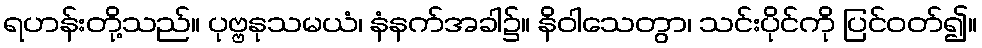
ရဟန်းတို့သည်။ ပုဗ္ဗနုသမယံ၊ နံနက်အခါ၌။ နိဝါသေတွာ၊ သင်းပိုင်ကို ပြင်ဝတ်၍။